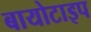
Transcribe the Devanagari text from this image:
बायोटाइप